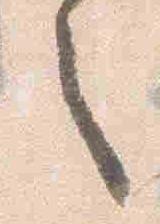
之